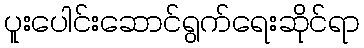
ပူးပေါင်းဆောင်ရွက်ရေးဆိုင်ရာ